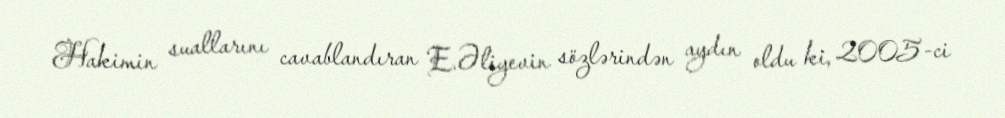
Hakimin suallarını cavablandıran E.Əliyevin sözlərindən aydın oldu ki, 2005-ci